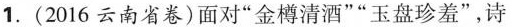
1.(2016云南省卷)面对”金樽清酒””玉盘珍羞”，诗